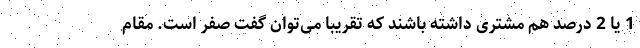
1 یا 2 درصد هم مشتری داشته باشند که تقریبا می‌توان گفت صفر است. مقام